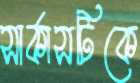
সার্কাসটিকে